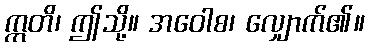
ဣတိ၊ ဤသို့။ အဝေါစ၊ လျှောက်၏။